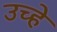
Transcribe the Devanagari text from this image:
उच्हे